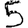
Digit: 5